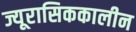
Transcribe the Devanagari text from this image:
ज्यूरासिककालीन